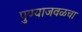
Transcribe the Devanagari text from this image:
पुण्याजवळचा